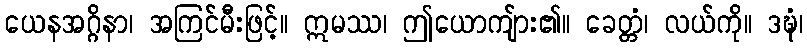
ယေနအဂ္ဂိနာ၊ အကြင်မီးဖြင့်။ ဣမဿ၊ ဤယောကျ်ား၏။ ခေတ္တံ၊ လယ်ကို။ ဒဍ္ဎံ၊